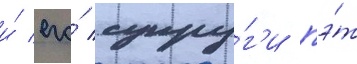
и́ его́ супру́г'и пэ́т